Report of the Indian Hemp Drugs Commission, 1894-1895 - Volume IV
Year: 1894
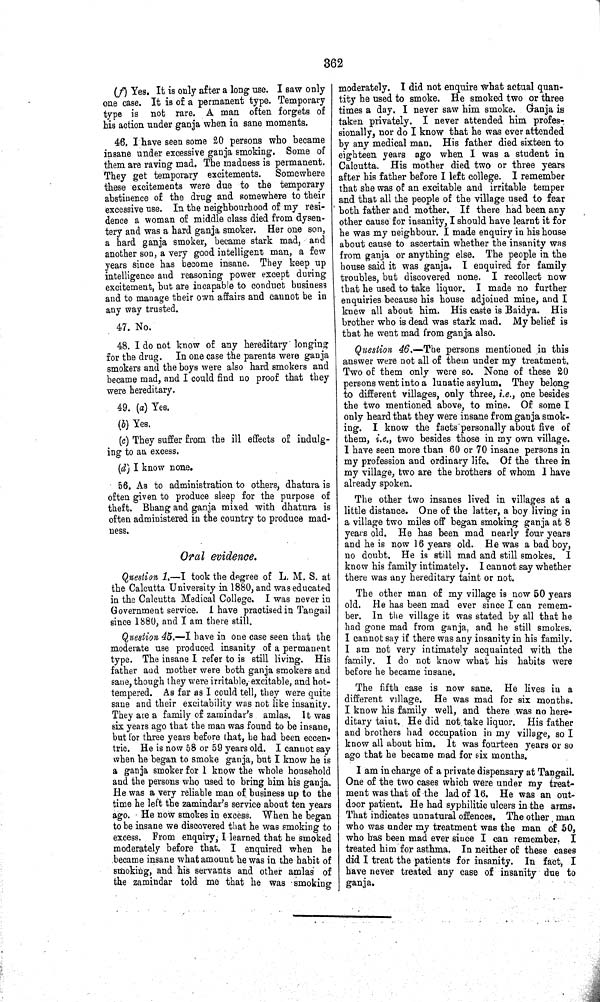
362
(f) Yes. It is only after a long use. I saw only
one case. It is of a permanent type. Temporary
type is not rare. A man often forgets of
his action under ganja when in sane moments.
46. I have seen some 20 persons who became
insane under excessive ganja smoking. Some of
them are raving mad. The madness is permanent.
They get temporary excitements.
Somewhere
these excitements were due to the temporary
abstinence of the drug and somewhere to their
excessive use. In the neighbourhood of my resi
dence a woman of middle class died from dysen
tery and was a hard ganja smoker. Her one son,
a hard ganja smoker, became stark mad, and
another son, a very good intelligent man, a few
years since has become insane. They keep up
intelligence and reasoning power except during
excitement, but are incapable to conduct business
and to manage their own affairs and cannot be in
any way trusted.
47. No.
48. I do not know of any hereditary longing
for the drug. In one case the parents were ganja
smokers and the boys were also hard smokers and
became mad, and I could find no proof that they
were hereditary.
49. (a) Yes.
(b) Yes.
(c) They suffer from the ill effects of indulg
ing to an excess.
(d) I know none.
56. As to administration to others, dhatura is
often given to produce sleep for the purpose of
theft. Bhang and ganja mixed with dhatura is
often administered in the country to produce mad
ness.
Oral evidence.
Question 1. —I took the degree of L. M. S. at
the Calcutta University in 1880, and was educated
in the Calcutta Medical College. I was never in
Government service. I have practised in Tangail
since 1880, and I am there still.
Question 45.—I have in one case seen that the
moderate use produced insanity of a permanent
type. The insane I refer to is still living. His
father and mother were both ganja smokers and
sane, though they were irritable, excitable, and hot-
tempered. As far as I could tell, they were quite
sane and their excitability was not like insanity.
They are a family of zamindar's amlas. It was
six years ago that the man was found to be insane,
but for three years before that, he had been eccen-
tric. He is now 58 or 59 years old. I cannot say
when he began to smoke ganja, but I know he is
a ganja smoker for I know the whole household
and the persons who used to bring him his ganja.
He was a very reliable man of business up to the
time he left the zamindar's service about ten years
ago. He now smokes in excess. When he began
to be insane we discovered that he was smoking to
excess. From enquiry, I learned that he smoked
moderately before that. I enquired when he
became insane what amount he was in the habit of
smoking, and his servants and otħer amlas of
the zamindar told me that he was smoking
moderately. I did not enquire what actual quan
tity he used to smoke. He smoked two or three
times a day. I never saw him smoke. Ganja is
taken privately. I never attended him profes-
sionally, nor do I know that he was ever attended
by any medical man. His father died sixteen to
eighteen years ago when I was a student in
Calcutta. His mother died two or three years
after his father before I left college. I remember
that she was of an excitable and irritable temper
and that all the people of the village used to fear
both father and mother. If there had been any
other cause for insanity, I should have learnt it for
he was my neighbour. I made enquiry in his house
about cause to ascertain whether the insanity was
from ganja or anything else. The people in the
house said it was ganja. I enquired for family
troubles, but discovered none. I recollect now
that he used to take liquor. I made no further
enquiries because his house adjoined mine, and I
knew all about him. His caste is Baidya. His
brother who is dead was stark mad. My belief is
that he went mad from ganja also.
Question 46.—The persons mentioned in this
answer were not all of them under my treatment.
Two of them only were so. None of these 20
persons went into a lunatic asylum. They belong
to different villages, only three, i.e., one besides
the two mentioned above, to mine. Of some I
only heard that they were insane from ganja smok
ing. I know the facts personally about five of
them, i.e., two besides those in my own village.
I have seen more than 60 or 70 insane persons in
my profession and ordinary life. Of the three in
my village, two are the brothers of whom I have
already spoken.
The other two insanes lived in villages at a
little distance. One of the latter, a boy living in
a village two miles off began smoking ganja at 8
years old. He has been mad nearly four years
and he is now 16 years old. He was a bad boy,
no doubt. He is still mad and still smokes. I
know his family intimately. I cannot say whether
there was any hereditary taint or not.
The other man of my village is now 50 years
old. He has been mad ever since I can remem
ber. In the village it was stated by all that he
had gone mad from ganja, and he still smokes.
I cannot say if there was any insanity in his family.
I am not very intimately acquainted with the
family. I do not know what his habits were
before he became insane.
The fifth case is now sane. He lives in a
different village. He was mad for six months.
I know his family well, and there was no here
ditary taint. He did not take liquor. His father
and brothers had occupation in my village, so I
know all about him. It was fourteen years or so
ago that he became mad for six months.
I am in charge of a private dispensary at Tangail.
One of the two cases which were under my treat
ment was that of the lad of 16. He was an out
door patient. He had syphilitic ulcers in the arms.
That indicates unnatural offences. The other man
who was under my treatment was the man of 50,
who has been mad ever since I can remember. I
treated him for asthma. In neither of these cases
did I treat the patients for insanity. In fact, I
have never treated any case of insanity due to
ganja.